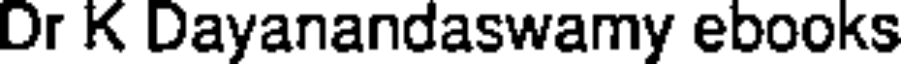
Dr K Dayanandaswamy ebooks